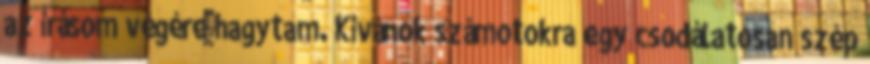
az írásom végére hagytam. Kívánok számotokra egy csodálatosan szép